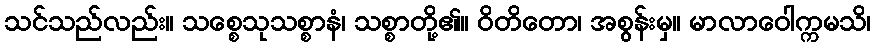
သင်သည်လည်း။ သစ္စေသုသစ္စာနံ၊ သစ္စာတို့၏။ ဝိတိတော၊ အစွန်းမှ။ မာလာဝေါက္ကမသိ၊